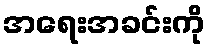
အရေးအခင်းကို